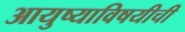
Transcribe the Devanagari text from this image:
आयुष्याविषयीची